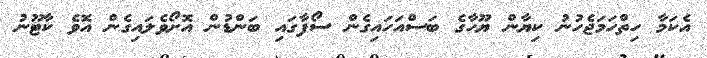
އެކަމާ ހިތްހަމަޖެހުނު ކިޔާން ޔޫހާގެ ބަސްއަހައިގެން ސޯފާގައި ބަންޑުން އޮށޯވެލައިގެން އޮވެ ކާޓޫނު